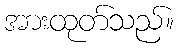
အားထုတ်သည်။